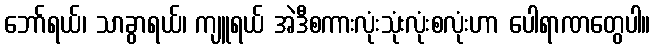
ဘော်ရယ်၊ သာခွာရယ်၊ ကျူရယ် အဲဒီစကားလုံးသုံးလုံးစလုံးဟာ ပေါရာဏတွေပါ။